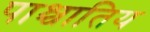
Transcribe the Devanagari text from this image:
पाश्चातिय